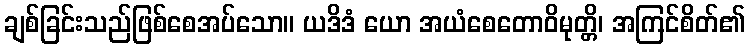
ချစ်ခြင်းသည်ဖြစ်စေအပ်သော။ ယဒိဒံ ယော အယံစေတောဝိမုတ္တိ၊ အကြင်စိတ်၏